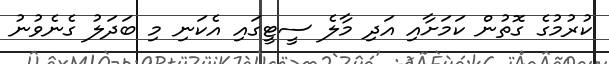
ކުރުމުގެ ގޮތުން ކަމަށާއި އަދި މާލެ ސީޓީގައި އެކަނި މި ބަދަލު ގެނެވުނު